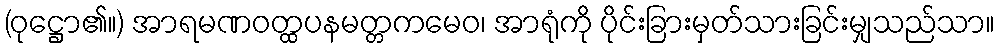
(ဝုဋ္ဌော၏။) အာရမဏဝတ္ထပနမတ္တကမေဝ၊ အာရုံကို ပိုင်းခြားမှတ်သားခြင်းမျှသည်သာ။